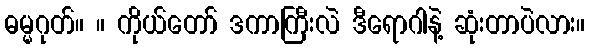
ဓမ္မဂုတ်။ ။ ကိုယ်တော် ဒကာကြီးလဲ ဒီရောဂါနဲ့ ဆုံးတာပဲလား။